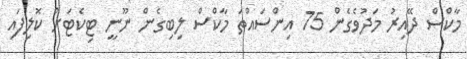
މާކްސް ދޭއިރު މަދުވެގެން 75 އިންސައްތަ މާކްސް ލިބިގެން ނޫނީ ޓިކެޓަށް ކޮލިފައި